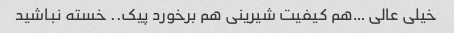
خیلی عالی …هم کیفیت شیرینی هم برخورد پیک.. خسته نباشید